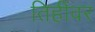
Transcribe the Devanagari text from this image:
तिहींवर